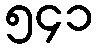
၅၄၁